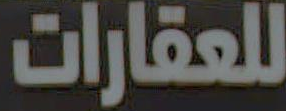
للعقارات